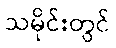
သမိုင်းတွင်